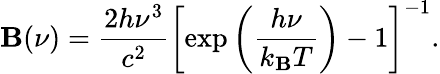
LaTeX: \mathbf{B}(\nu)=\frac{{2h\nu^{3}}}{{c^{2}}}\left[\exp\left(\frac{{h\nu}}{{k_{\mathbf{B}}T}}\right)-1\right]^{-1}.